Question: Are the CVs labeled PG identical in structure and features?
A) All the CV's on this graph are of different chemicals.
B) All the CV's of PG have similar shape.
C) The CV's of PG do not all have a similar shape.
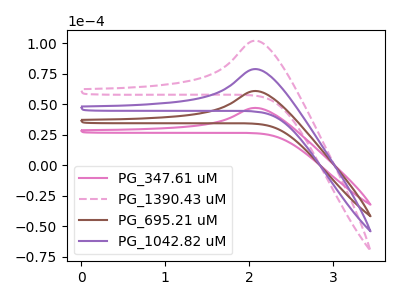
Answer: <think>The pink curve "PG_347.61 uM" has an anodic peak at: (2.10V, 46.90uA). The pink dashed curve "PG_1390.43 uM" has an anodic peak at: (2.10V, 182.25uA). The brown curve "PG_695.21 uM" has an anodic peak at: (2.10V, 60.75uA). The purple curve "PG_1042.82 uM" has an anodic peak at: (2.10V, 121.50uA).
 All the peaks in "PG_347.61 uM" have a peak in "PG_1390.43 uM" at the same potential. Every peak in "PG_347.61 uM" is lower than every peak in "PG_1390.43 uM". All the peaks in "PG_347.61 uM" have a peak in "PG_695.21 uM" at the same potential. Every peak in "PG_347.61 uM" is lower than every peak in "PG_695.21 uM". All the peaks in "PG_347.61 uM" have a peak in "PG_1042.82 uM" at the same potential. Every peak in "PG_347.61 uM" is lower than every peak in "PG_1042.82 uM". All the peaks in "PG_1390.43 uM" have a peak in "PG_695.21 uM" at the same potential. Every peak in "PG_1390.43 uM" is higher than every peak in "PG_695.21 uM". All the peaks in "PG_1390.43 uM" have a peak in "PG_1042.82 uM" at the same potential. Every peak in "PG_1390.43 uM" is higher than every peak in "PG_1042.82 uM". All the peaks in "PG_695.21 uM" have a peak in "PG_1042.82 uM" at the same potential. Every peak in "PG_695.21 uM" is lower than every peak in "PG_1042.82 uM".</think>
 <answer>B) All the CV's of "PG" have similar shape.</answer>
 <eval>B</eval>